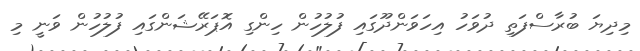
މިދިޔަ ބުރާސްފަތި ދުވަހު އިހަވަންދޫގައި ފުލުހުން ހިންގި އޮޕަރޭޝަންގައި ފުލުހުން ވަނީ މި